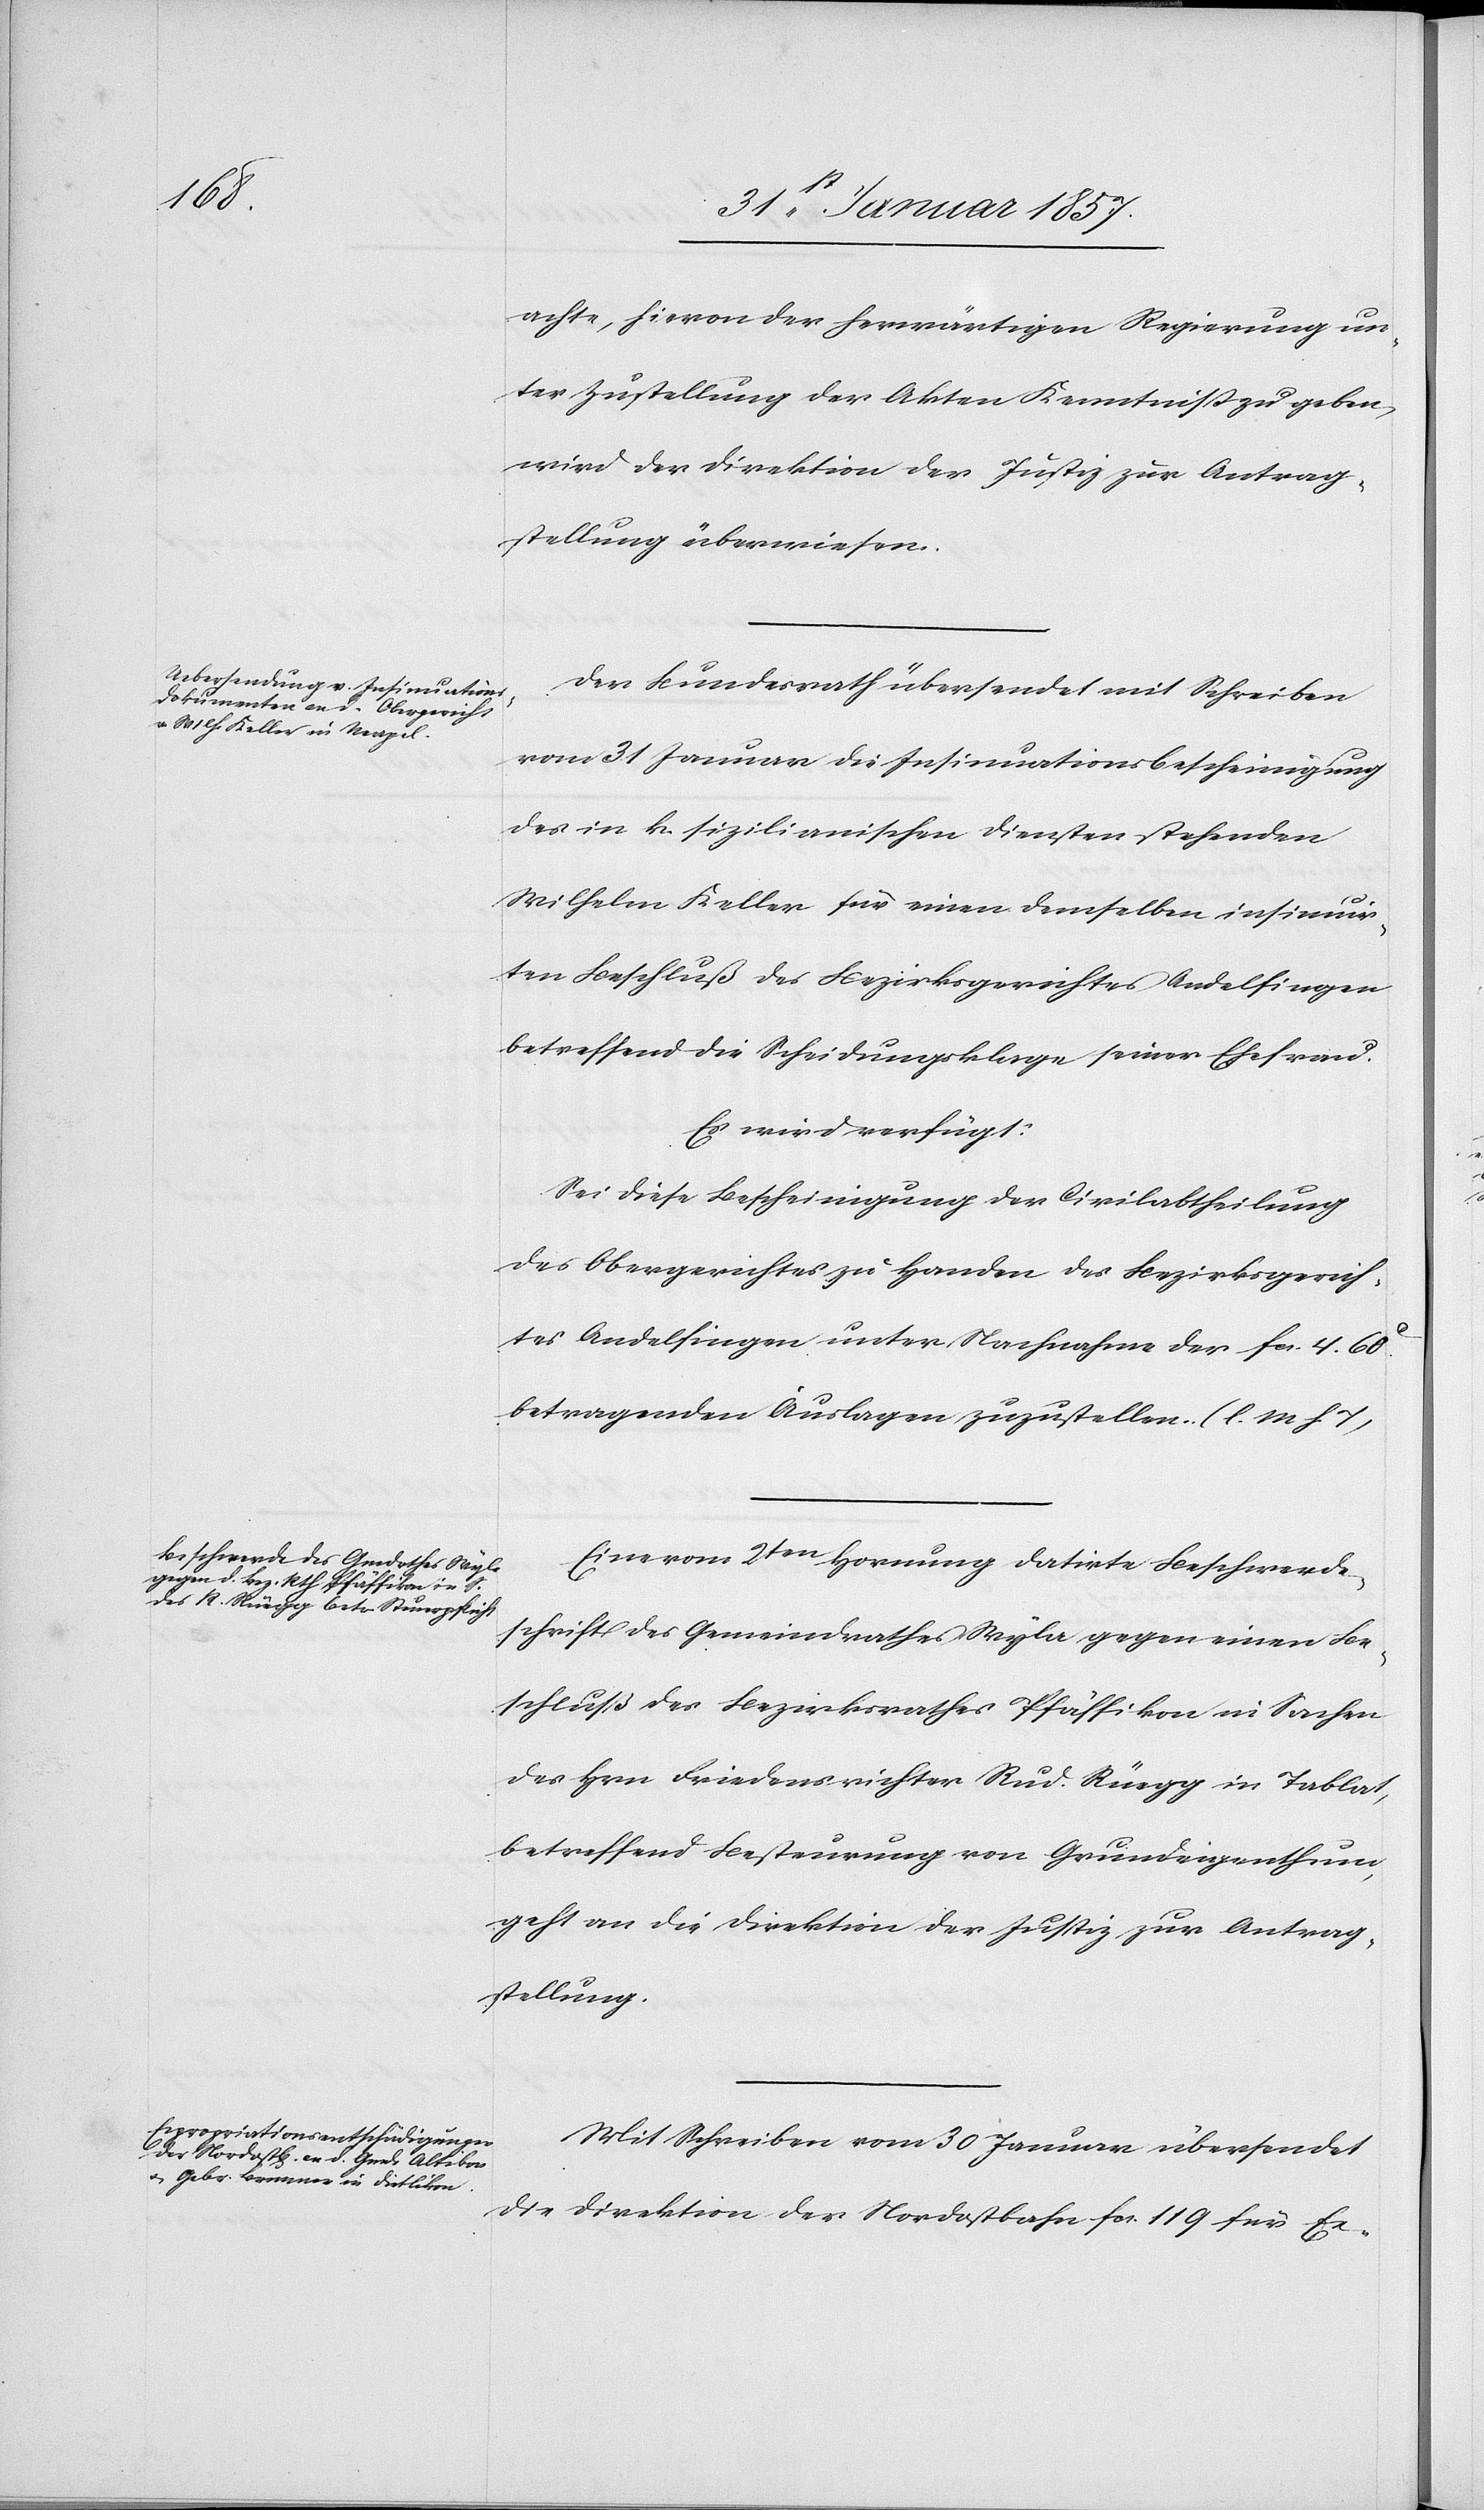
1857.]

achte, hievon der herwärtigen Regierung un¬
ter Zustellung der Akten Kenntniß zu geben,
wird der Direktion der Justiz zur Antrag¬
stellung überwiesen.
Der Bundesrath übersendet mit Schreiben
vom 31 Januar die Insinuationsbescheinigung
des in k. sizilianischen Diensten stehenden
Wilhelm Keller für einen demselben insinuir¬
ten Beschluß des Bezirksgerichtes Andelfingen
betreffend die Scheidungsklage seiner Ehefrau.
Es wird verfügt:
Sei diese Bescheinigung der Civilabtheilung
des Obergerichtes zu Handen des Bezirksgerich¬
tes Andelfingen unter Nachnahme der fcs. 4. 60
betragenden Auslagen zuzustellen. (l. M h. T)
Ein vom 2ten Hornung datirte Beschwerde¬
schrift des Gemeindrathes Wyla gegen einen Be¬
schluß des Bezirksrathes Pfäffikon in Sachen
des Hrn Friedensrichter Rud. Rüegg in Tablat,
betreffend Besteuerung von Grundeigenthum,
geht an die Direktion der Justiz zur Antrag¬
stellung.
Mit Schreiben vom 30 Januar übersendet
die Direktion der Nordostbahn fcs. 119 für Ex-